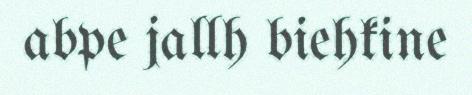
abpe jallh biehkine